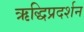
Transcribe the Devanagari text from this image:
ऋद्धिप्रदर्शन